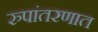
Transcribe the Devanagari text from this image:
रुपांतरणात